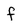
Character: f